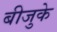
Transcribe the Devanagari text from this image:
बीजुके